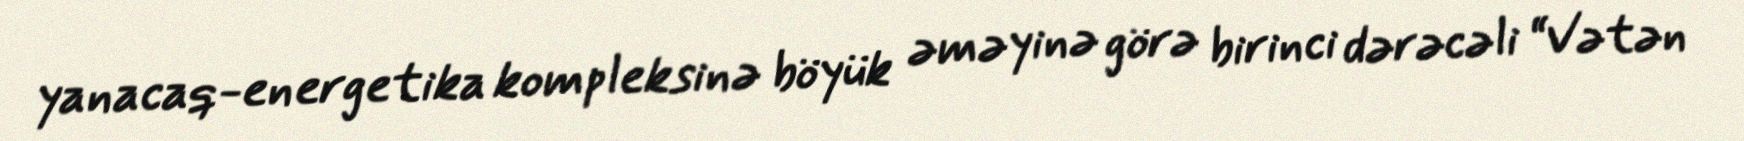
yanacaq-energetika kompleksinə böyük əməyinə görə birinci dərəcəli “Vətən